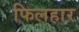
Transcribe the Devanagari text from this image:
फिलहार